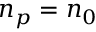
n _ { p } = n _ { 0 }